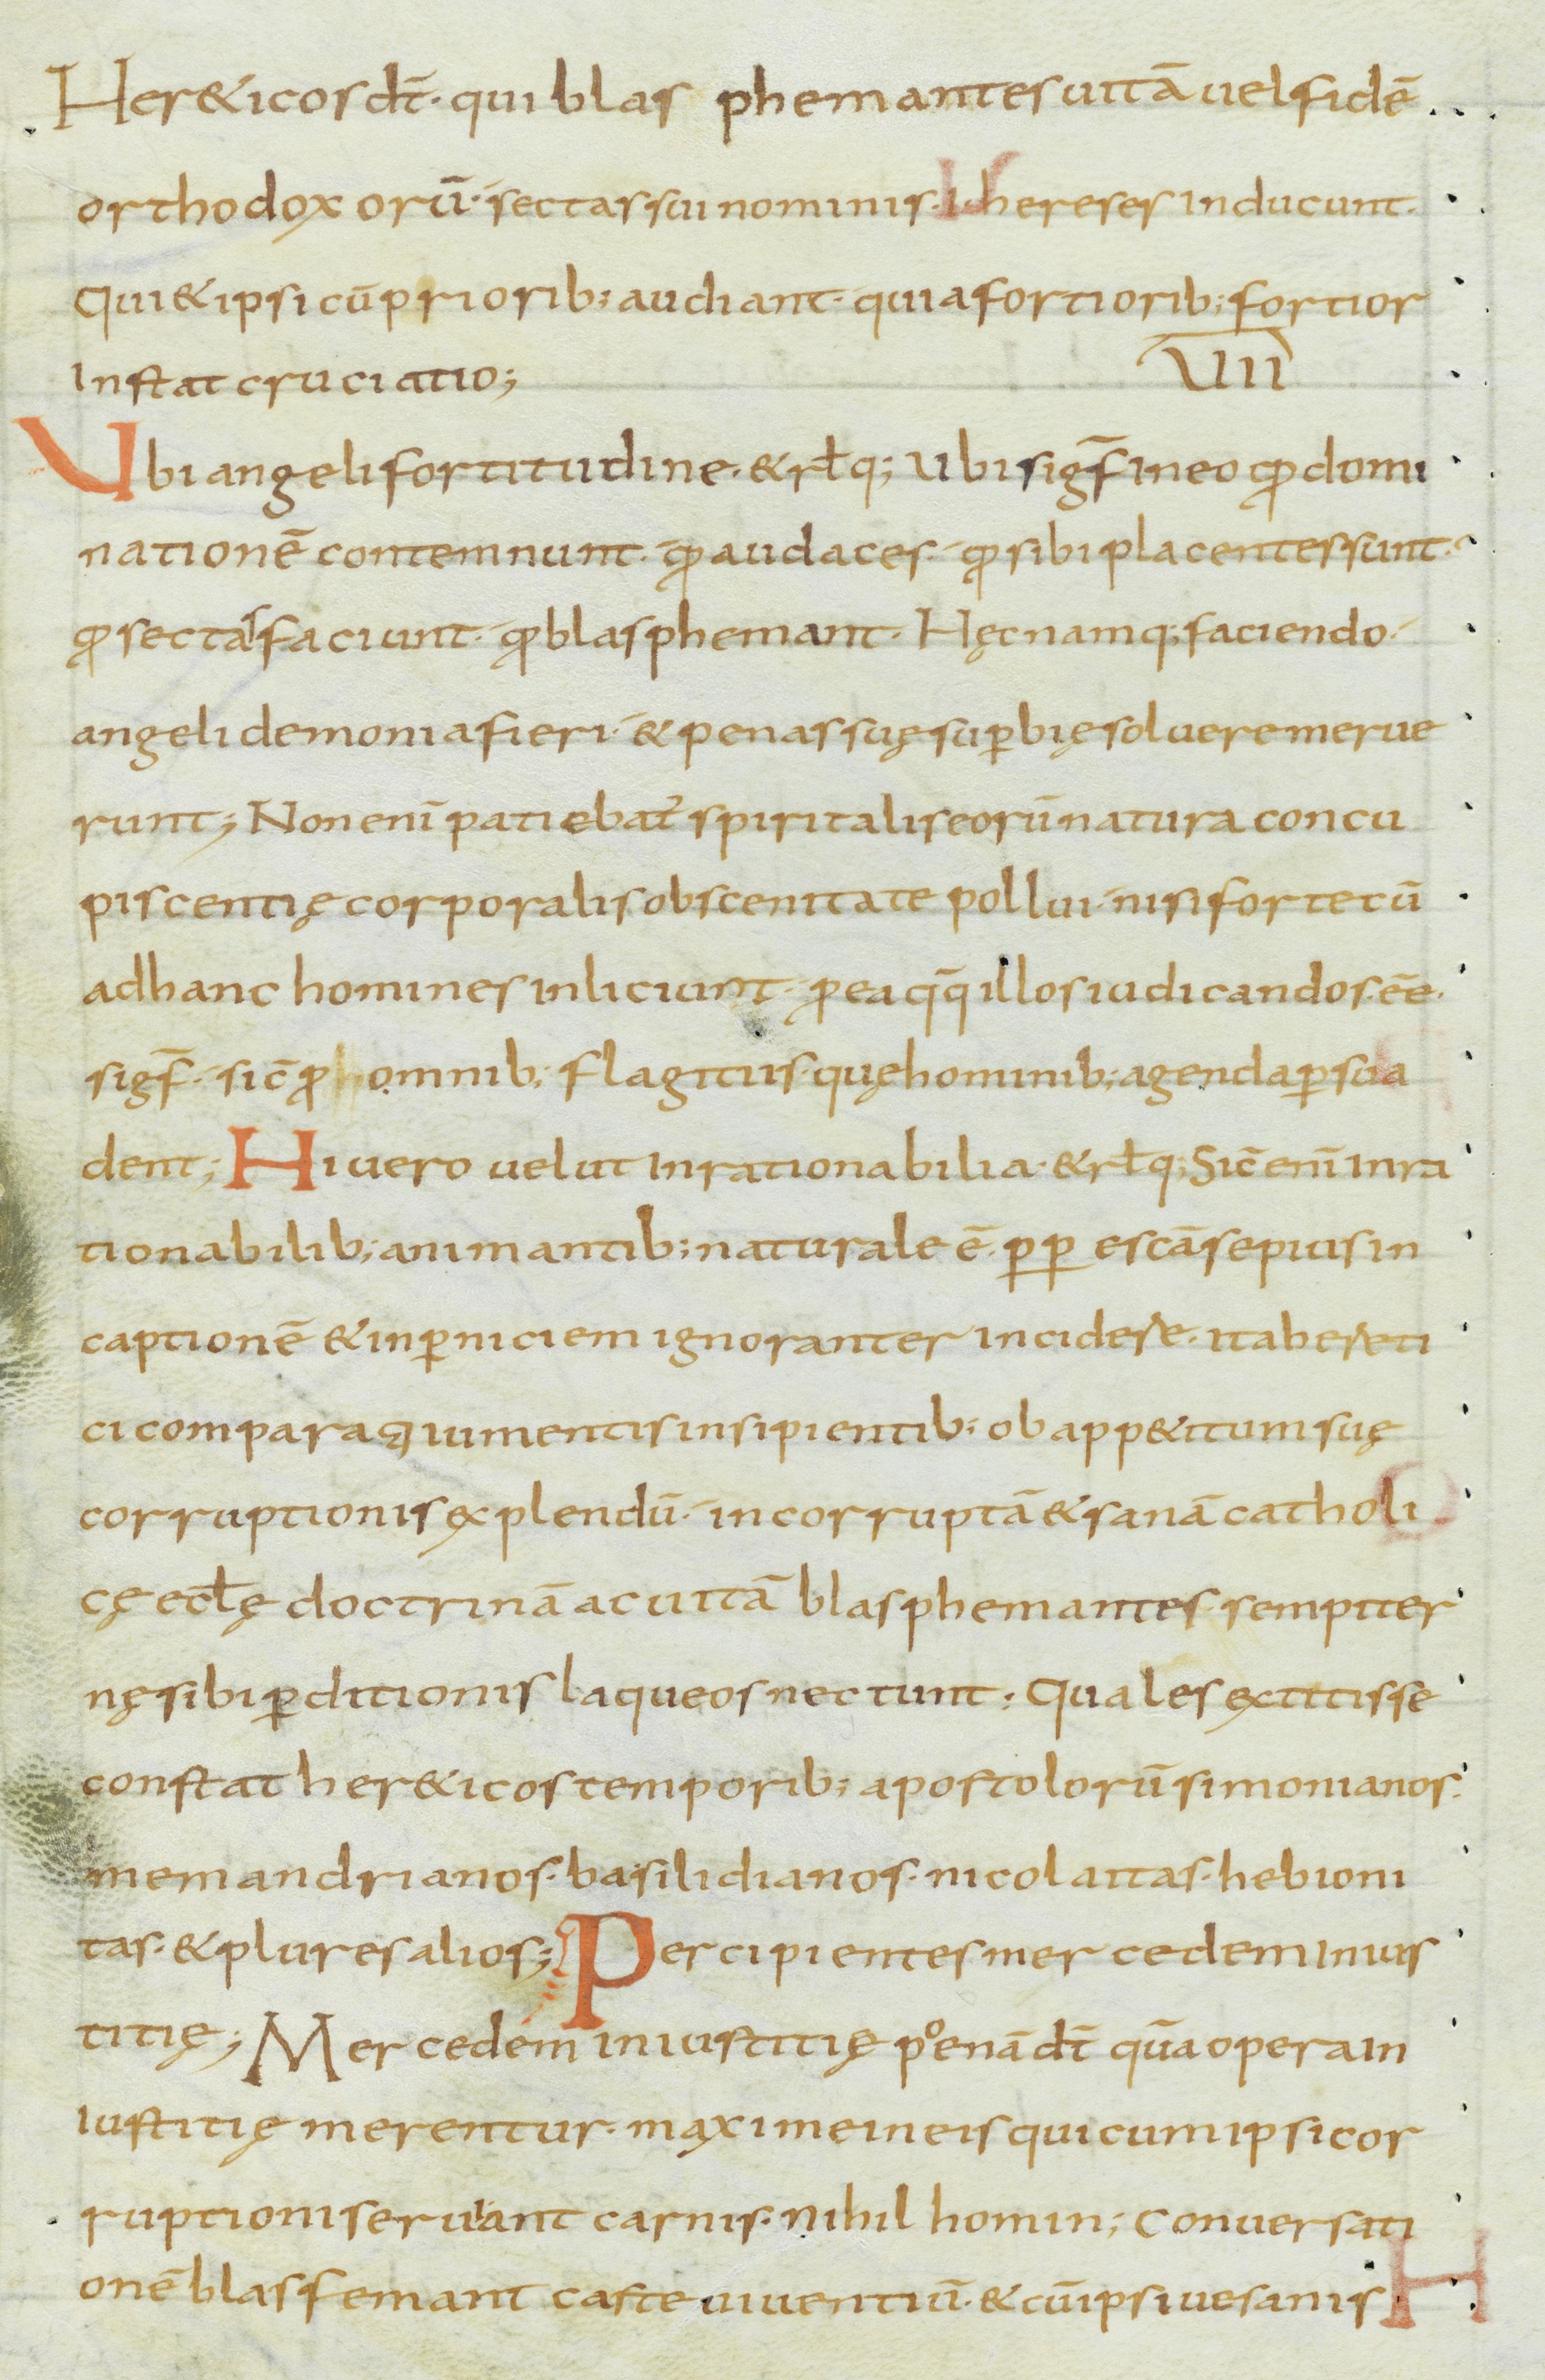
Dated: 800–899